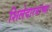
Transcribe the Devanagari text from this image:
शिलेदारयांच्या